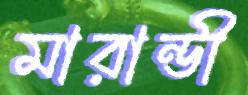
মারান্ডী